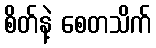
စိတ်နဲ့ စေတသိက်